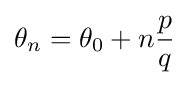
\theta _{n}=\theta _{0}+n{\frac {p}{q}}